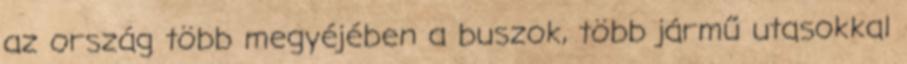
az ország több megyéjében a buszok, több jármű utasokkal